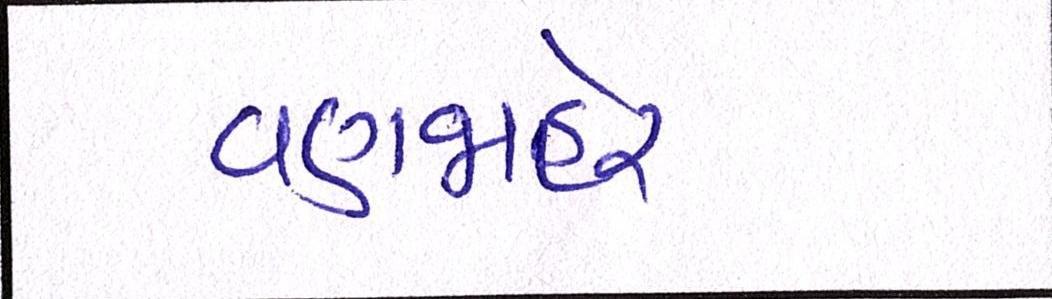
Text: વણજાહેર